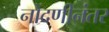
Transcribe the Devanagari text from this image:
नोंदणीनंतर